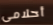
أحلامى